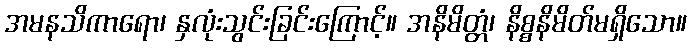
အမနသိကာရော၊ နှလုံးသွင်းခြင်းကြောင့်။ အနိမိတ္တံ၊ နိစ္စနိမိတ်မရှိသော။